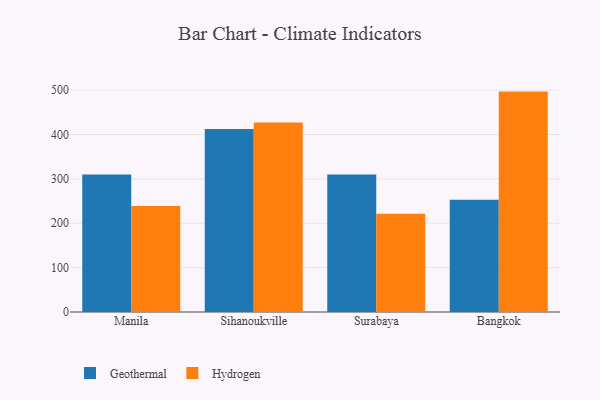
{"axis": {"x": "City", "y": "Humidity (%)"}, "legend": ["Geothermal", "Hydrogen"], "data": [{"x": "Manila", "y": 310.1, "type": "Geothermal"}, {"x": "Manila", "y": 239.2, "type": "Hydrogen"}, {"x": "Sihanoukville", "y": 412.4, "type": "Geothermal"}, {"x": "Sihanoukville", "y": 427.3, "type": "Hydrogen"}, {"x": "Surabaya", "y": 310.1, "type": "Geothermal"}, {"x": "Surabaya", "y": 221.5, "type": "Hydrogen"}, {"x": "Bangkok", "y": 253.0, "type": "Geothermal"}, {"x": "Bangkok", "y": 496.8, "type": "Hydrogen"}]}